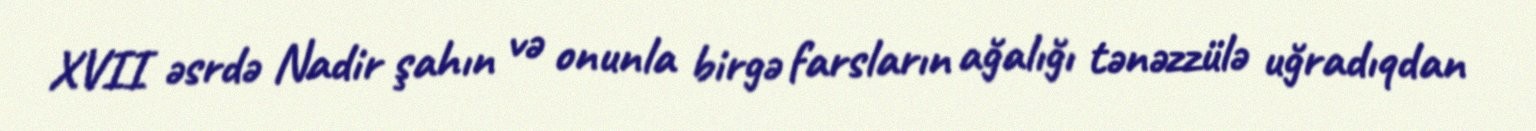
XVII əsrdə Nadir şahın və onunla birgə farsların ağalığı tənəzzülə uğradıqdan